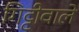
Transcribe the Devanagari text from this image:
गिट्टीवाले